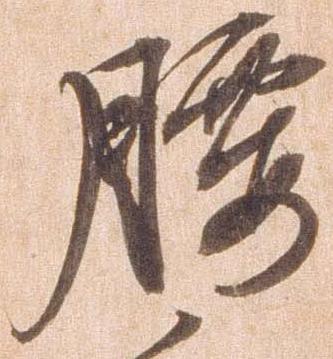
腰